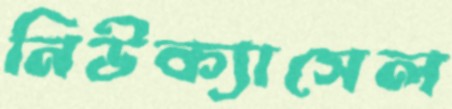
নিউক্যাসেল